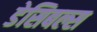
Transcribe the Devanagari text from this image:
डेसिबल्स